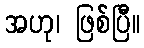
အဟု၊ ဖြစ်ပြီ။